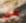
مثل